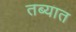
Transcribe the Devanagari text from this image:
तब्यात